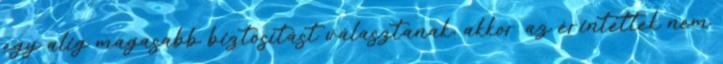
egy alig magasabb biztosítást választanak, akkor az érintettek nem